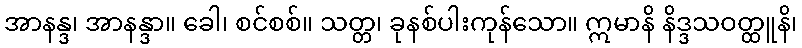
အာနန္ဒ၊ အာနန္ဒာ။ ခေါ၊ စင်စစ်။ သတ္တ၊ ခုနစ်ပါးကုန်သော။ ဣမာနိ နိဒ္ဒသဝတ္ထူနိ၊